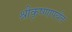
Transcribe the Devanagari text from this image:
श्रीकृष्णापर्यंत